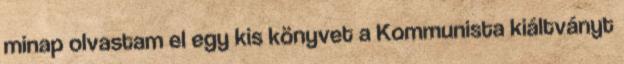
minap olvastam el egy kis könyvet a Kommunista kiáltványt